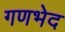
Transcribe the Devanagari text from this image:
गणभेद